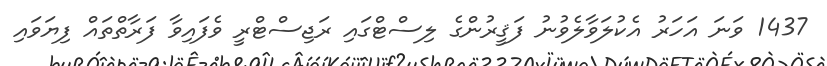
1437 ވަނަ އަހަރު އެކުލަވާލެވުނު ފަޤީރުންގެ ލިސްޓްގައި ރަޖިސްޓްރީ ވެފައިވާ ފަރާތްތައް ފިޔަވައި